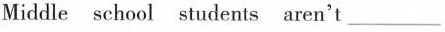
Middle school students aren't ___